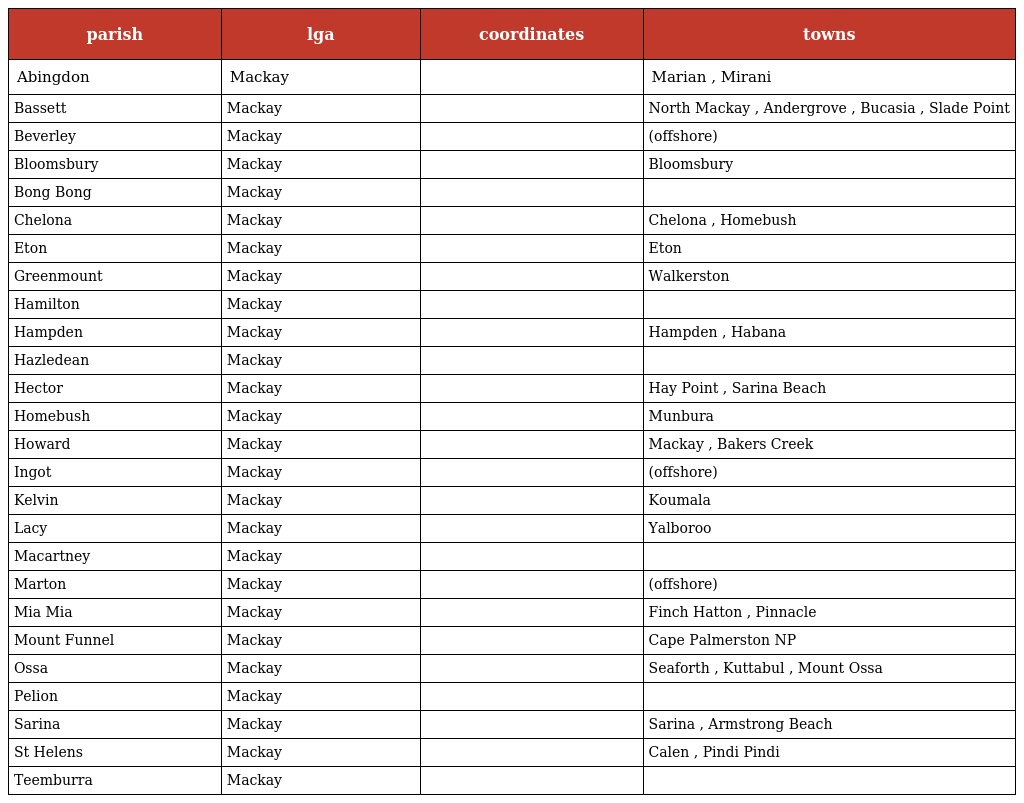
| parish | lga | coordinates | towns |
 | --- | --- | --- | --- |
 | Abingdon | Mackay |  | Marian , Mirani |
 | Bassett | Mackay |  | North Mackay , Andergrove , Bucasia , Slade Point |
 | Beverley | Mackay |  | (offshore) |
 | Bloomsbury | Mackay |  | Bloomsbury |
 | Bong Bong | Mackay |  |  |
 | Chelona | Mackay |  | Chelona , Homebush |
 | Eton | Mackay |  | Eton |
 | Greenmount | Mackay |  | Walkerston |
 | Hamilton | Mackay |  |  |
 | Hampden | Mackay |  | Hampden , Habana |
 | Hazledean | Mackay |  |  |
 | Hector | Mackay |  | Hay Point , Sarina Beach |
 | Homebush | Mackay |  | Munbura |
 | Howard | Mackay |  | Mackay , Bakers Creek |
 | Ingot | Mackay |  | (offshore) |
 | Kelvin | Mackay |  | Koumala |
 | Lacy | Mackay |  | Yalboroo |
 | Macartney | Mackay |  |  |
 | Marton | Mackay |  | (offshore) |
 | Mia Mia | Mackay |  | Finch Hatton , Pinnacle |
 | Mount Funnel | Mackay |  | Cape Palmerston NP |
 | Ossa | Mackay |  | Seaforth , Kuttabul , Mount Ossa |
 | Pelion | Mackay |  |  |
 | Sarina | Mackay |  | Sarina , Armstrong Beach |
 | St Helens | Mackay |  | Calen , Pindi Pindi |
 | Teemburra | Mackay |  |  |